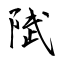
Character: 陚